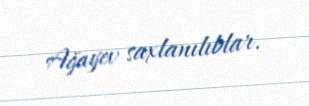
Ağayev saxlanılıblar.